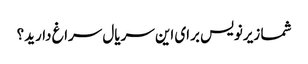
شما زیرنویس برای این سریال سراغ دارید؟